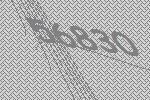
56830